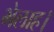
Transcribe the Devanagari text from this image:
भेलाह।